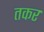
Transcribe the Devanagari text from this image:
तकर